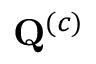
\mathbf { Q } ^ { ( c ) }